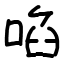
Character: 啗